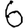
Digit: 6